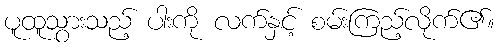
ပူထူသွားသည့် ပါးကို လက်နှင့် စမ်းကြည့်လိုက်၏။